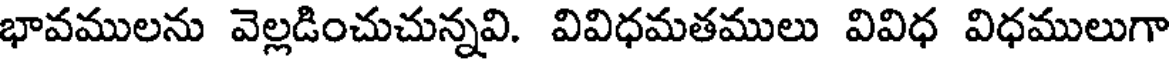
భావములను వెల్లడించుచున్నవి. వివిధమతములు వివిధ విధములుగా